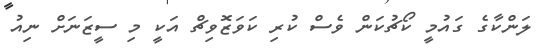
ލަންކާގެ ގައުމީ ކޯޗުކަން ވެސް ކުރި ކަވަޒޮވިޗް އަކީ މި ސީޒަނަށް ނިއު